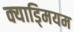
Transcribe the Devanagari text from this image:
क्याड्मियम